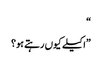
“
”اکیلے کیوں رہتے ہو؟